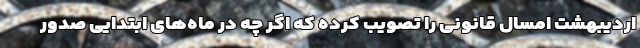
اردیبهشت امسال قانونی را تصویب کرده که اگر چه در ماه‌های ابتدایی صدور